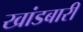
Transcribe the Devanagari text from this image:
खांडबारी